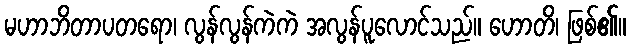
မဟာဘိတာပတရော၊ လွန်လွန်ကဲကဲ အလွန်ပူလောင်သည်။ ဟောတိ၊ ဖြစ်၏။